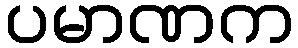
ပမာဏက